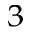
^ 3